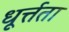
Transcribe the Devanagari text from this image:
धूर्त्तता